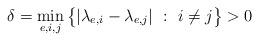
LaTeX: \begin{align*}\delta = \min_{e,i,j}\big\{ |\lambda_{e,i}-\lambda_{e,j}|\ :\ i\neq j \big\}>0\end{align*}